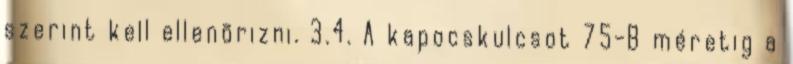
szerint kell ellenõrizni. 3.4. A kapocskulcsot 75-B méretig a